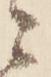
ニ